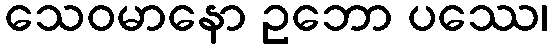
သေဝမာနော ဥဘော ပဿေ၊